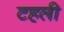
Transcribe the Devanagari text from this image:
टहली